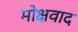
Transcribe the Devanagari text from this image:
मोक्षवाद